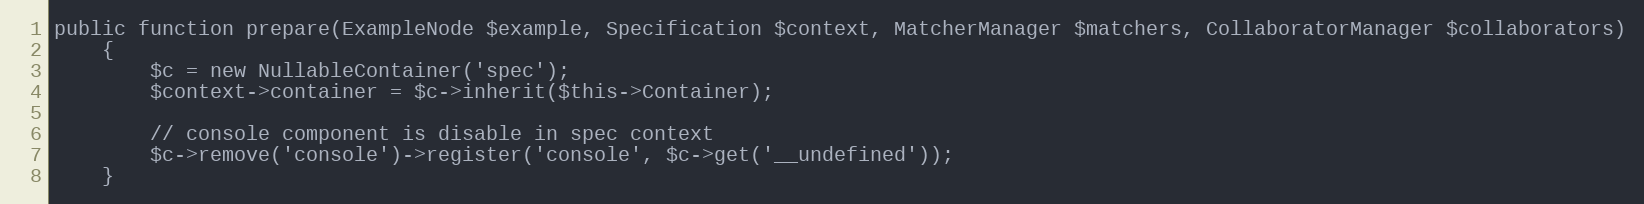
Language: PHP
public function prepare(ExampleNode $example, Specification $context, MatcherManager $matchers, CollaboratorManager $collaborators)
    {
        $c = new NullableContainer('spec');
        $context->container = $c->inherit($this->Container);

        // console component is disable in spec context
        $c->remove('console')->register('console', $c->get('__undefined'));
    }